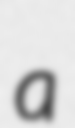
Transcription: a